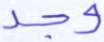
وجد